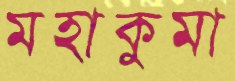
মহাকুমা